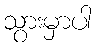
သွားမှာပါ